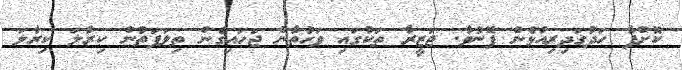
ކޮށްފާ ހަދުގަދިރިއުޅެން ފޮނުވާ. ޖަޒީރާ ތަކުގައި ވަހުތާން ޖަހައިގެން ތިލަފަތުން ކިރާލަ ކިރާލަ